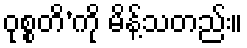
ဝုစ္စတိ’ကို မိန့်သတည်း။